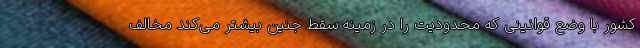
کشور با وضع قوانینی که محدودیت را در زمینه سقط جنین بیشتر می‌کند مخالف